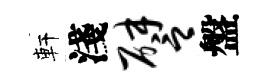
軒淺譬盤